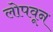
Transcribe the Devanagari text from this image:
लोपवून